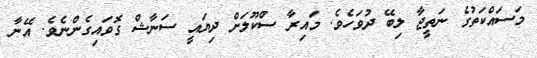
މަސައްކަތުގެ ނަތީޖާ ލިބޭ ދުވަހެވެ. މައިރާ ސްކޫލަށް ދިޔައީ ސަނާޝް ގޮވައިގެންނެވެ. އޭނާ